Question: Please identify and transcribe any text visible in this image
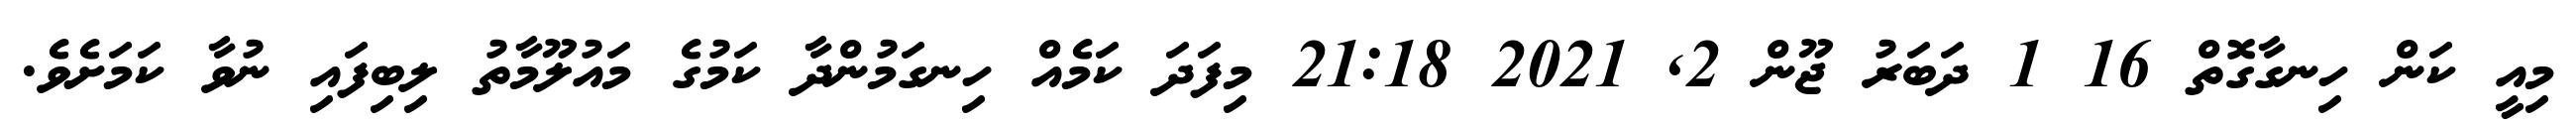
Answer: މިއީ ކަން ހިނގާގޮތް 16 1 ދަބަރު ޖޫން 2, 2021 21:18 މިފަދަ ކަމެއް ހިނގަމުންދާ ކަމުގެ މައުލޫމާތު ލިބިފައި ނުވާ ކަމަށެވެ.